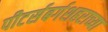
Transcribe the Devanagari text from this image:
पीटर्सबर्गशहराच्या